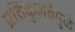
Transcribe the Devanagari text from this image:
प्रतिकुलतेमुळे